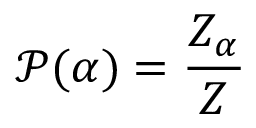
\mathcal { P } ( \alpha ) = \frac { Z _ { \alpha } } { Z }